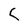
Character: C